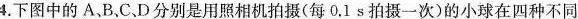
4.下图中的A、B、C、D分别是用照相机拍摄(每0.1s拍摄一次)的小球在四种不同